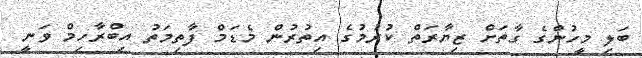
ބަލި މީހުންގެ ގާތަށް ޒިޔާރަތް ކުރުމުގެ އިތުރުން މެޑަމް ފާތިމަތު އިބްރާހިމް ވަނީ